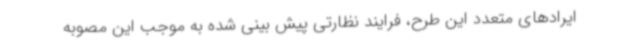
ایرادهای متعدد این طرح، فرایند نظارتی پیش بینی شده به موجب این مصوبه